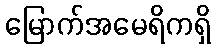
မြောက်အမေရိကရှိ